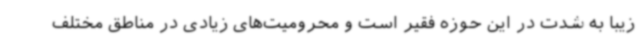
زیبا به شدت در این حوزه فقیر است و محرومیت‌های زیادی در مناطق مختلف